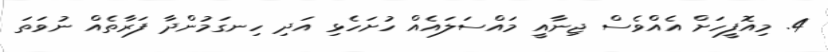
4. މިއޮފީހަށް އެއްވެސް ޖިނާއީ މައްސަލައެއް ހުށަހެޅި އަދި ހިނގަމުންދާ ފަރާތެއް ނުވަތަ